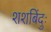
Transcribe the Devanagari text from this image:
शशबिंदुः